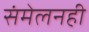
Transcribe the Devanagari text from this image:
संमेलनही